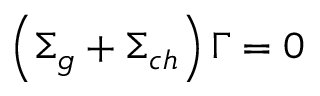
\left( \Sigma _ { g } + \Sigma _ { c h } \right) \Gamma = 0